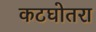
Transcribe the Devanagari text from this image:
कटघोतरा